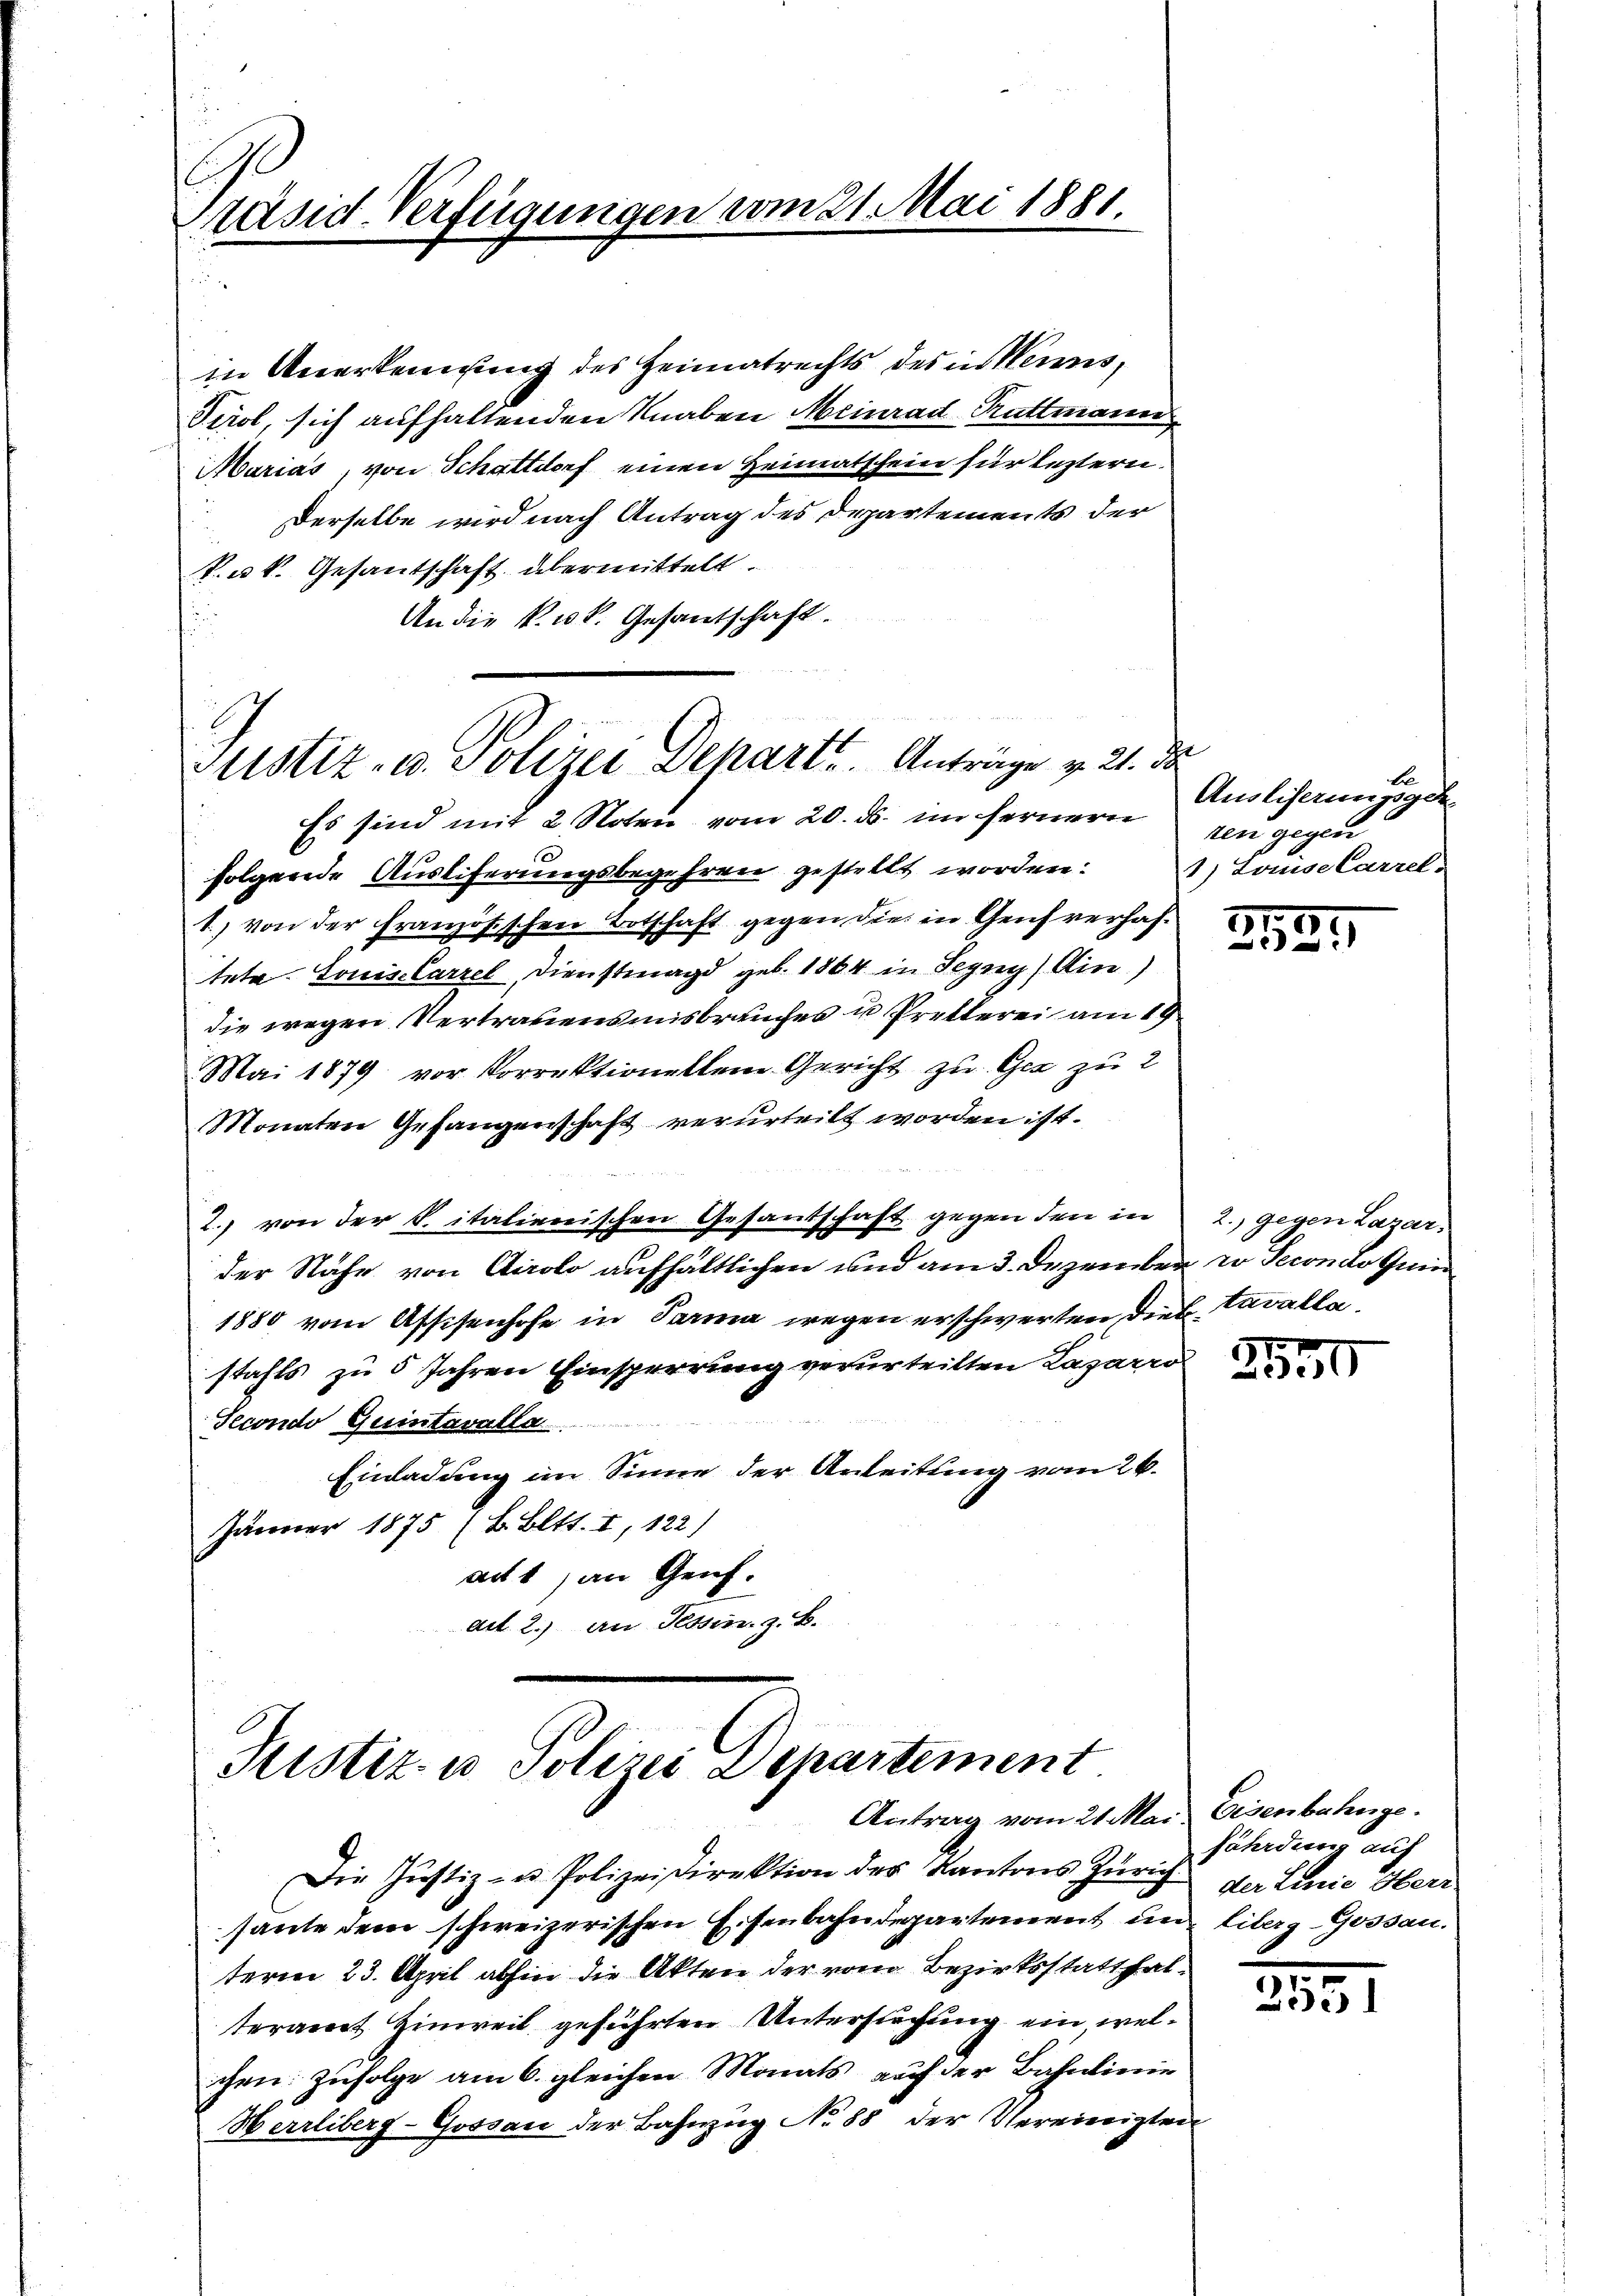
präsid-Verfügungen vom 21. Mai 1881.

in Anerkennung des Heimatrechts des in Meis,
Tirol, sich aufhaltenden Knaben Meinrad Rattmann
Marias, von Schattdorf einen Heimatschein für leztern.
Derselbe wird nach Antrag des Departements der
k. u. k. Gesantschaft übermittelt.
An die k. k. Gesantschaft.

Justiz- u. Polizei Depart. Anträge v. 21. da

Justiz- u Polizei Departement

Es sind mit 2 Noten vom 20. ds. im fernern
folgende Ausliferungsbegehren gestellt worden: 1) Louiselarrel
1) von der Französischen Totschaft gegen die in Genf verhafteta. Louiselarrel, Dienstmagd geb. 1864 in Segny) Ain)
die wegen Vertrauensmisbrauches u Pretterei am 19.
Mai 1879 vor Vorrektionellem Gericht zu Gez zu 2
Monaten Gefangenschaft verurteilt worden ist.
2. von der Vitalienischen Gesandschaft gegen den in
der Nähe von Airolo aufhältlichen und am 3. Dezember er Secondo Qui
1880 vom Assisenhofe in Parma wegen erschwerten die Cavallastahls zu 5 Jahren Einsperrung verurteilten Lazarro
Secondo Quintavalla
Einladung im Sinne der Anleitung vom 26.
Jänner 1875 7 B. Bett. I, 122)
act, an Genf.
aet 2.) an Tessin. z. B.

Antrag vom 21. Mai Eisenbahnge.

E
Ausliserungsge-
ken gegen

Die Justiz- u. Polizeidirektion des Kantons Zürich der Linie Herr
sante dem schweizerischen Eisenbahndepartement un liberg-Gossau.
term 23. April abhin die Akten der vom Bezirksstatthalteramt Hinweil geführten Untersuchung ein welchen Zufolge am 6. gleichen Monats auf der Bahnlinie
Herrliberg-Gossau der Bahnzug No 88 der Vereinigten

7
911
d
213

2., gegen Lazar,

2530

fährdung auf

.